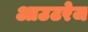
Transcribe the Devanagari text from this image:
आउटरेज